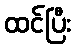
ထင်ပြီး